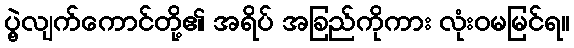
ပွဲ့လျက်ကောင်တို့၏ အရိပ် အခြည်ကိုကား လုံးဝမမြင်ရ။